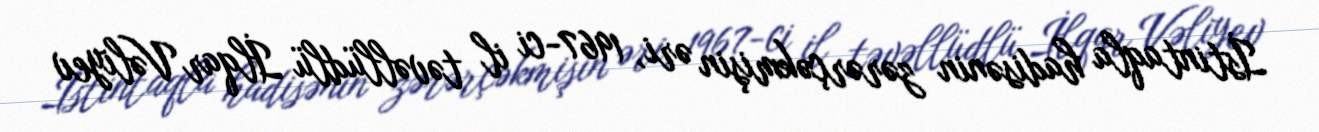
İstintaqla hadisənin zərərçəkmişin əri, 1967-ci il təvəllüdlü İlqar Vəliyev